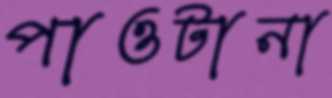
পাওটানা